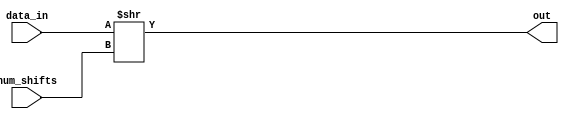
module shr_32_bit(
	input wire [31:0] data_in,
	input wire [31:0] num_shifts,
	output wire [31:0] out
);
	assign out[31:0] = data_in>>num_shifts;

endmodule